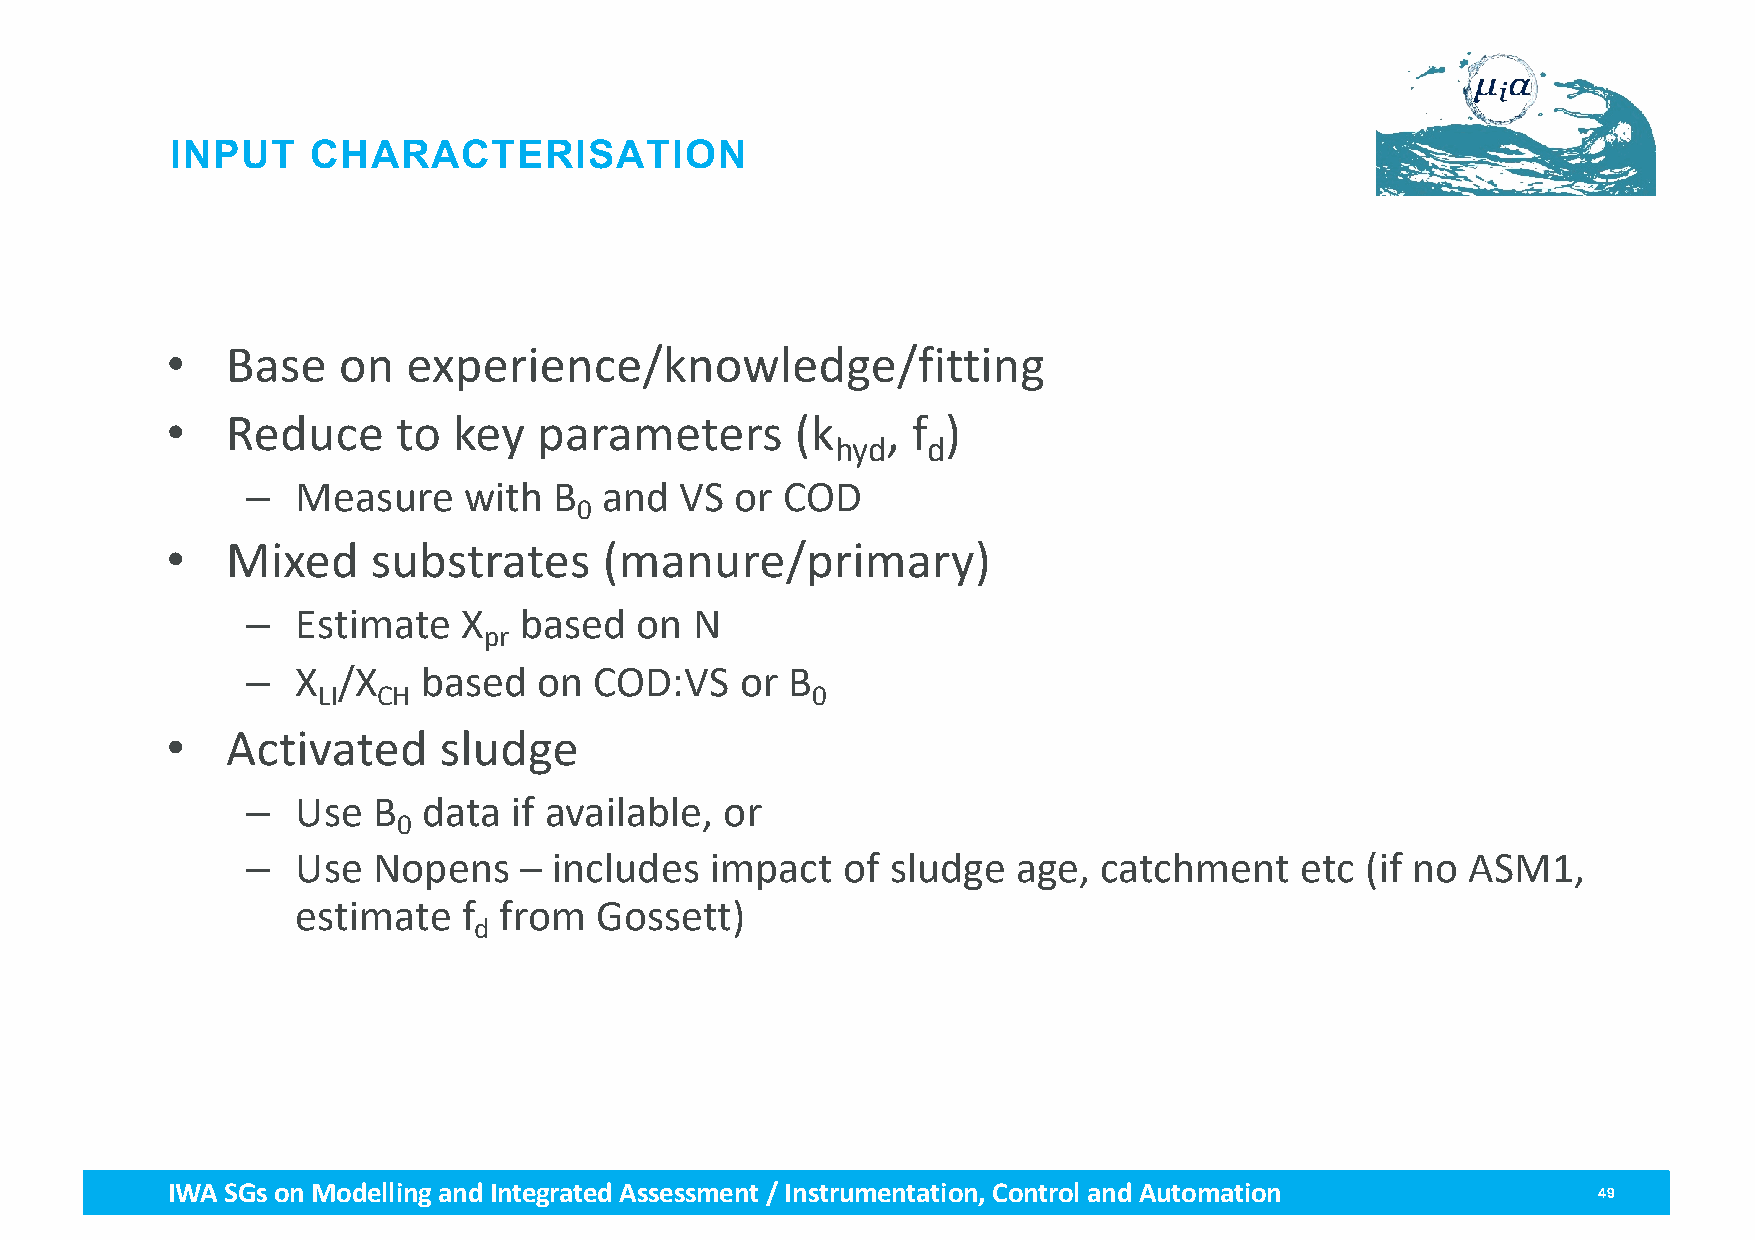
INPUT     CHARACTERISATION
 •   Base   on   experience/knowledge/fitting
 •   Reduce     to  key   parameters       (k    , f )
 hyd   d
 –   Measure    with  B  and  VS  or COD
 0
 •   Mixed     substrates     (manure/primary)
 –   Estimate   X  based   on  N
 pr
 –   X /X    based   on COD:VS    or B
 LI  CH                           0
 •   Activated     sludge
 –   Use  B  data  if available, or
 0
 –   Use  Nopens   –  includes  impact   of sludge  age,  catchment    etc (if no ASM1,
 estimate   f from  Gossett)
 d
 IWA SGs on Modellingand Integrated Assessment / Instrumentation, Control and Automation        49